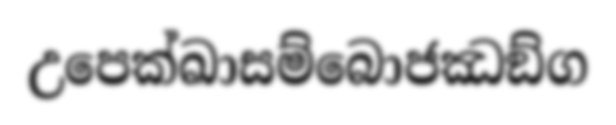
උපෙක්ඛාසම්බොජඣඞ්ග